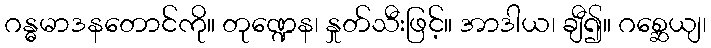
ဂန္ဓမာဒနတောင်ကို။ တုဏ္ဍေန၊ နှုတ်သီးဖြင့်။ အာဒါယ၊ ချီ၍။ ဂစ္ဆေယျ၊